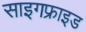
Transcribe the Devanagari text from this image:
साइगफ्राइड